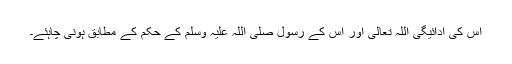
اس کی ادائیگی اللہ تعالیٰ اور اُس کے رسول صلی اللہ علیہ وسلم کے حکم کے مطابق ہونی چاہئے۔